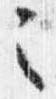
之